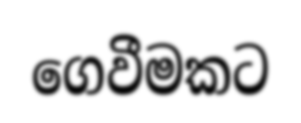
ගෙවීමකට